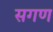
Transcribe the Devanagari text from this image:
सगण